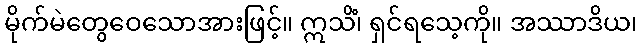
မိုက်မဲတွေဝေသောအားဖြင့်။ ဣသိံ၊ ရှင်ရသေ့ကို။ အဿာဒိယ၊